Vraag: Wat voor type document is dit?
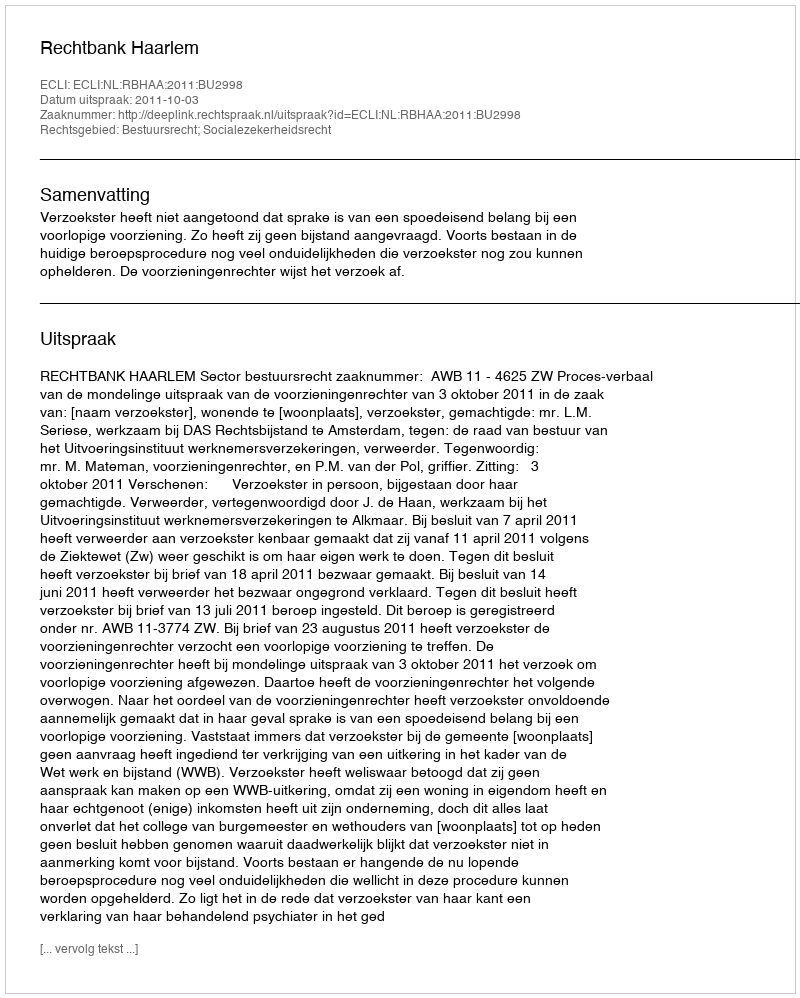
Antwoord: Uitspraak